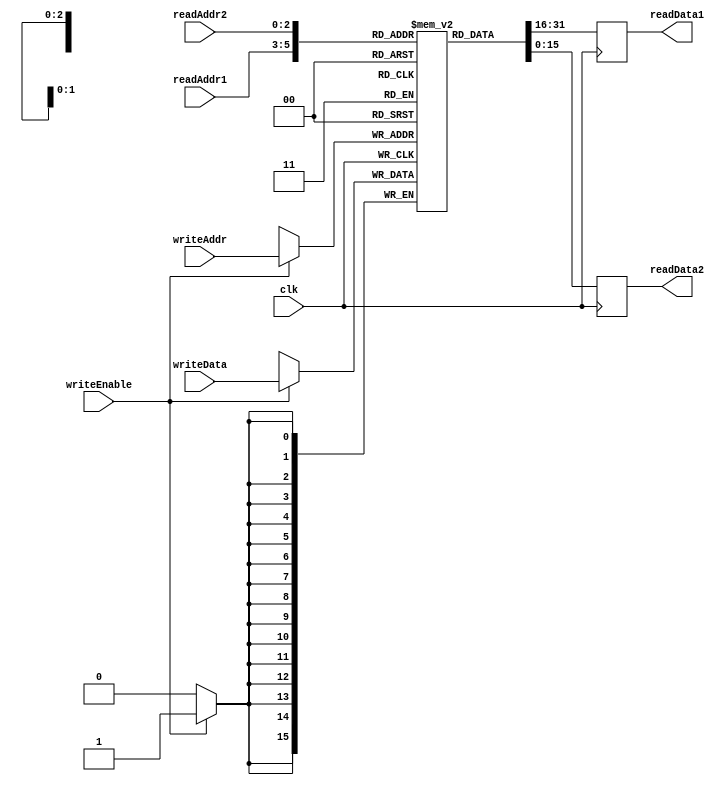
module RegisterFile(
    input wire clk,
    input wire [2:0] readAddr1, // 1
    input wire [2:0] readAddr2, // 2
    input wire [2:0] writeAddr, // 
    input wire writeEnable,     // 
    input wire [15:0] writeData, // 
    output wire [15:0] readData1, // 1
    output wire [15:0] readData2  // 2
);

reg [15:0] readData1_r;
reg [15:0] readData2_r;
assign readData1 = readData1_r;
assign readData2 = readData2_r;

reg [15:0] registers [7:0]; // 816

// 
always @ (posedge clk) begin
    readData1_r <= registers[readAddr1];
    readData2_r <= registers[readAddr2];
end

// 
always @ (posedge clk) begin
    if (writeEnable)
        registers[writeAddr] <= writeData;
end

endmodule